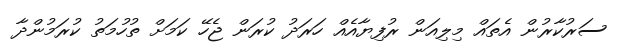
ސަރުކާރުން އެތައް މިލިއަން ރުފިޔާއެއް ހަރަދު ކުރަން ޖެހޭ ކަމަށް ތުހުމަތު ކުރަމުންދާ